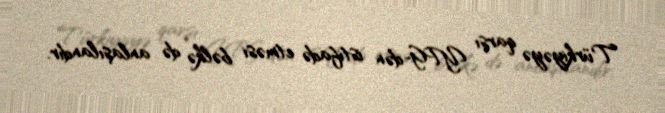
Türkiyəyə qarşı YPG-dən istifadə etməsi bəlkə də anlaşılandır.